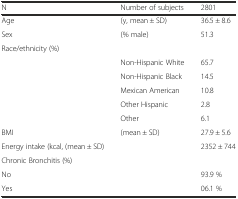
| N | Number of subjects | 2801 |
 | --- | --- | --- |
 | Age | (y, mean ± SD) | 36.5 ± 8.6 |
 | Sex | (% male) | 51.3 |
 | Race/ethnicity (%) |  |  |
 |  | Non-Hispanic White | 65.7 |
 |  | Non-Hispanic Black | 14.5 |
 |  | Mexican American | 10.8 |
 |  | Other Hispanic | 2.8 |
 |  | Other | 6.1 |
 | BMI | (mean ± SD) | 27.9 ± 5.6 |
 | Energy intake (kcal, (mean ± SD) |  | 2352 ± 744 |
 | Chronic Bronchitis (%) |  |  |
 | No |  | 93.9 % |
 | Yes |  | 06.1 % |